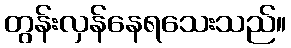
တွန်းလှန်နေရသေးသည်။